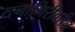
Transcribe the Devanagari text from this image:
रत्नागिरीवरील